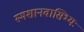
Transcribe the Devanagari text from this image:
स्मशानवासिभ्यः